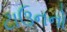
ટાઉનનો